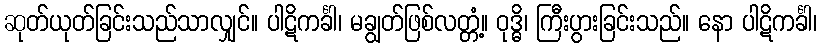
ဆုတ်ယုတ်ခြင်းသည်သာလျှင်။ ပါဋိကင်္ခါ၊ မချွတ်ဖြစ်လတ္တံ့။ ဝုဒ္ဓိ၊ ကြီးပွားခြင်းသည်။ နော ပါဋိကင်္ခါ၊